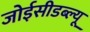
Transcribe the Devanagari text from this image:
जोईसीडब्ल्यू